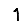
Digit: 1